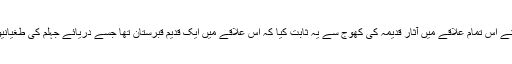
پروفیسر سمیع اللہ قریشی نے اس تمام علاقے میں آثار قدیمہ کی کھوج سے یہ ثابت کیا کہ اس علاقے میں ایک قدیم قبرستان تھا جسے دریائے جہلم کی طغیانیوں سے شدید نقصان پہنچا۔